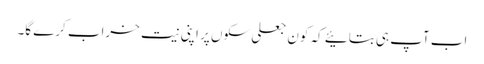
اب آپ ہی بتائیے کہ کون جعلی سکوں پر اپنی نیت خراب کرے گا۔